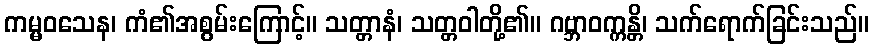
ကမ္မဝသေန၊ ကံ၏အစွမ်းကြောင့်။ သတ္တာနံ၊ သတ္တဝါတို့၏။ ဂဗ္ဘာဝက္ကန္တိ၊ သက်ရောက်ခြင်းသည်။